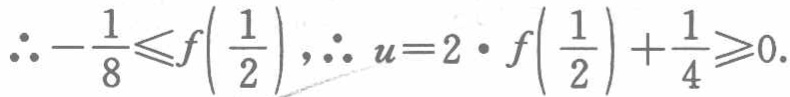
\(\therefore -\frac{1}{8}\leqslant f\left(\frac{1}{2}\right),\therefore u = 2\cdot f\left(\frac{1}{2}\right)+\frac{1}{4}\geqslant 0.\)